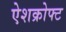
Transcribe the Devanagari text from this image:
ऐशक्रोफ्ट